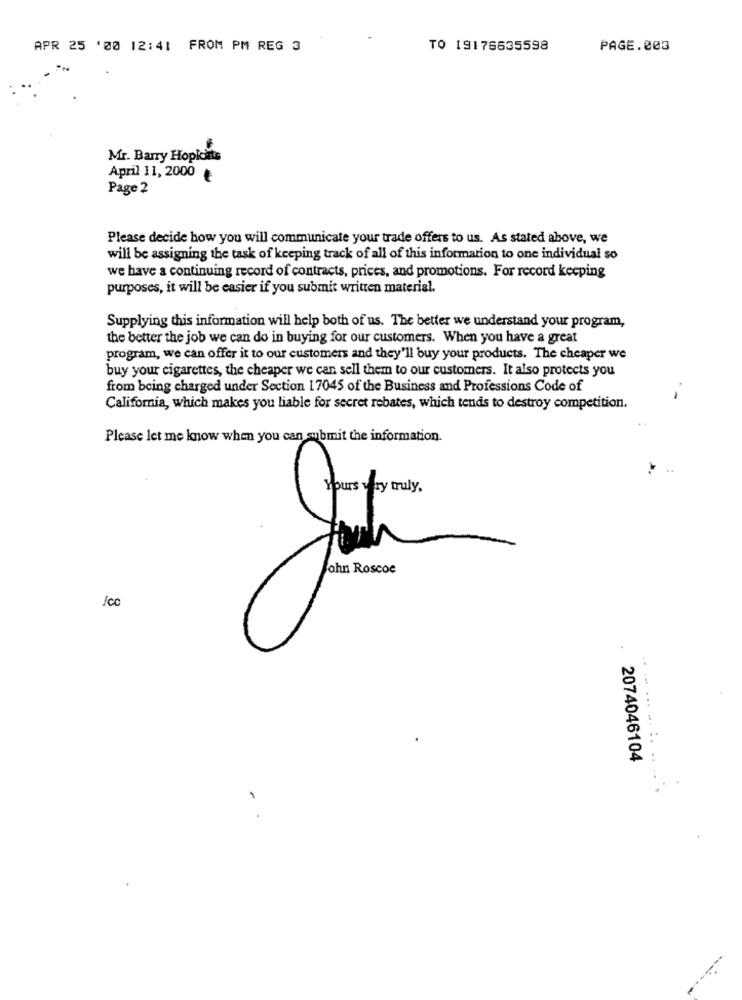
APR 25 '00 12:41 FROM PM REG 3
TO 19176635598
PAGE.003
Mr. Barry Hopkins
April 11, 2000
Page 2
Please decide how you will communicate your trade offers to us. As stated above, we
will be assigning the task of keeping track of all of this information to one individual so
we have a continuing record of contracts, prices, and promotions. For record keeping
purposes, it will be easier if you submit written material.
Supplying this information will help both of us. The better we understand your program,
the better the job we can do in buying for our customers. When you have a great
program, we can offer it to our customers and they'll buy your products. The cheaper we
buy your cigarettes, the cheaper we can sell them to our customers. It also protects you
from being charged under Section 17045 of the Business and Professions Code of
-
California, which makes you liable for secret rebates, which tends to destroy competition.
Please let me know when you can submit the information.
Yours very truly,
ohn Roscoe
.
............ .
2074046104